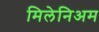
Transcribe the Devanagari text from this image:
मिलेनिअम